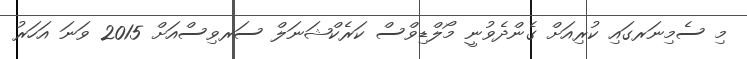
މި ސެމިނަރގައި ކުރިއަށް ގެންދެވުނީ މޯލްޑިވްސް ކަރެކްޝަނަލް ސަރވިސްއަށް 2015 ވަނަ އަހަރު